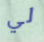
لي